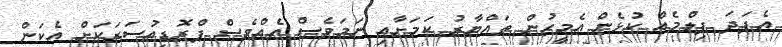
އެފަދަ ފިލްމެއް ކުޅެން އެމީހުން ތައްޔާރު ކަމަށާއި ނަމަވެސް އެއްވެސް ޕްރޮޑިއުސަރަކަށް އެކަން